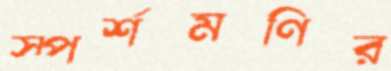
স্পর্শমণির